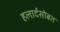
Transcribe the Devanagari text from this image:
हलार्दसोबत